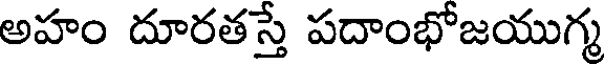
అహం దూరతస్తే పదాంభోజయుగ్మ